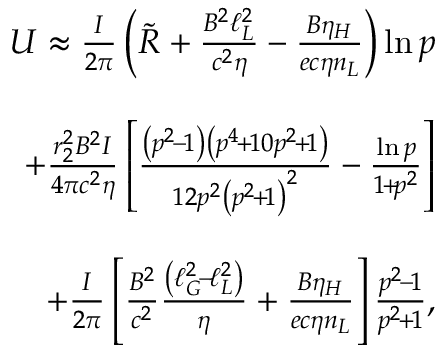
\begin{array} { r l r } & { } & { U \approx \frac { I } { 2 \pi } \left( \tilde { R } + \frac { B ^ { 2 } \ell _ { L } ^ { 2 } } { c ^ { 2 } \eta } - \frac { B \eta _ { H } } { e c \eta n _ { L } } \right) \ln p } \\ & { } & \\ & { } & { \qquad \qquad + \frac { r _ { 2 } ^ { 2 } B ^ { 2 } I } { 4 \pi c ^ { 2 } \eta } \left[ \frac { \left( p ^ { 2 } \! - \! 1 \right) \left( p ^ { 4 } \! + \! 1 0 p ^ { 2 } \! + \! 1 \right) } { 1 2 p ^ { 2 } \left( p ^ { 2 } \! + \! 1 \right) ^ { 2 } } - \frac { \ln p } { 1 \! + \! p ^ { 2 } } \right] } \\ & { } & \\ & { } & { \qquad \qquad + \frac { I } { 2 \pi } \left[ \frac { B ^ { 2 } } { c ^ { 2 } } \frac { \left( \ell _ { G } ^ { 2 } \! - \! \ell _ { L } ^ { 2 } \right) } { \eta } + \frac { B \eta _ { H } } { e c \eta n _ { L } } \right] \frac { p ^ { 2 } \! - \! 1 } { p ^ { 2 } \! + \! 1 } , } \end{array}